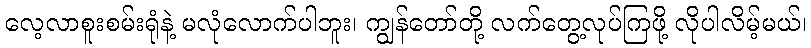
လေ့လာစူးစမ်းရုံနဲ့ မလုံလောက်ပါဘူး၊ ကျွန်တော်တို့ လက်တွေ့လုပ်ကြဖို့ လိုပါလိမ့်မယ်၊